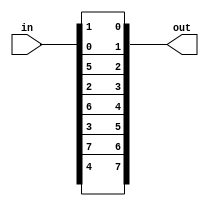
module P8 (in, out);
input [0:9] in;
output [0:7] out;

assign out = {in[6-1], in[3-1], in[7-1], in[4-1], in[8-1], in[5-1], in[10-1], in[9-1]}; 
endmodule